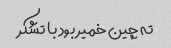
ته چین خمیر بود با تشکر